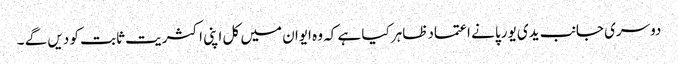
دوسری جانب یدی یورپا نے اعتمادظاہر کیا ہے کہ وہ ایوان میں کل اپنی اکثریت ثابت کو دیں گے ۔